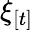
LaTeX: \xi_{[t]}